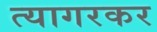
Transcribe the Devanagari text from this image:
त्यागरकर